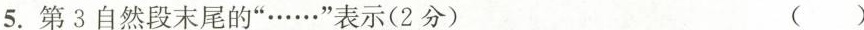
5.第3自然段末尾的”……”表示(2分) ( )